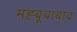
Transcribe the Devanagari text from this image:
मह्बूबाबाद